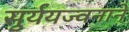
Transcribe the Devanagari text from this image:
सुर्ययज्वनाने